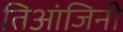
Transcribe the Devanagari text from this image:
तिआंजिनी